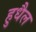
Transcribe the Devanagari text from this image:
हुधैल